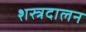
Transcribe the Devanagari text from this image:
शस्त्रदालन